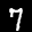
Label: 7